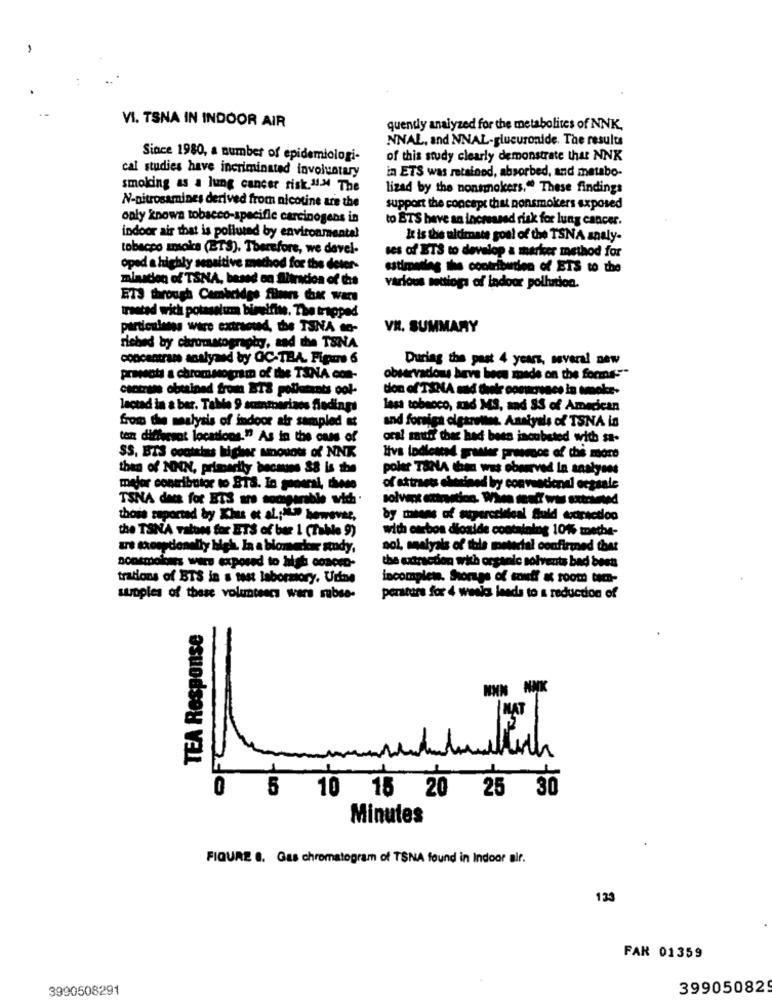
VI. TSNA IN INDOOR AIR
quendy analyzed for the metabolites of NNK.
NNAL, and NNAL-glucuronide. The results
Since 1980, a number of epidemiologi-
of this study clearly demonstrate that NNK
cal studies have incriminated involuntary
in ETS was retained, absorbed, and metabo-
smoking as a lung cancer risk.11- The
lizad by the nonsmokers." These findings
N-nitrosamines derived from nicotine are the
support the concept that nonsmokers exposed
oply known tobacco-specific carcinogens in
to BTS have an increased risk for lung cancer.
indoor air that is polluted by environmental
It is the ultimate goal of the TSNA analy-
tobacco smoke (ETS). Therefore, we davel-
ses of ETS to develop a marker method for
oped a highly sensitive method for the deter-
estimating the contribution of ETS to the
miaston of TSNA, based on Slimcion of tas
various settloga of indoor pollution.
ET3 through Cambridge finns duk wars
treated wich potassium bizeifite. The trapped
particulares wire extramed, the TSNA mo-
VR. SUMMARY
riched by chromatography, and the TSNA
concentram analyand by OC-TBA. Fipme 6
During the past 4 years, several new
praveoti a chromsogram of the TXNA con-
observados have becs made on the forms:"
contrats obtained from ITS pollutants ool-
ton of TANA and their comunes in smoke-
lectad in a bar. Table 9 suinmariaos Aledings
lass tobacco, and MS, and 35 of American
from the mealysis of indoor air sampled &t
and foreign cigarettes. Ansiyals of TSNA in
ton diffecsot locations." As in the case of
oral muff that had been incubated with st-
SS. BIS contrias higher Mnouott of NNK
then of NON, primarily bocauns 38 is the
poler TaNA then was observed In analyses
mejor contributor to BTS. In general, thede
of attraes cherined bry convencional ecgsale
TSNA dets for ETS are sociparable vich.
solvers einetion. When sendt was extraowed
thois reported by Kius et al .; """ however,
by miens of aparcelsteal Suid caractloo
with carbon dicaide containing 10%% meche-
the TSNA ratons for ETS of ber 1 (Table 9)
are troepdonelly high. In a biomarker sondy,
nol, melyals of this metertal confirmed that
sontmolins wers exposed to high coacro-
the extraction with organic solvents bad best
trations of BTS in a test labormory. Urine
incomplet. Sorgs of souff a room tico-
supples of these volunteers wers subse-
perstars for 4 weeks leads to a reduction of
TEA Response
NNN NNK
MAT
5
10 15 20 25 30
Minutes
FIGURE 8. Gas chromatogram of TSNA found in Indoor air.
133
FAR 01359
3990508291
39905082